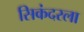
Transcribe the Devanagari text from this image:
सिकंदरला